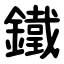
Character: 鐵